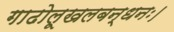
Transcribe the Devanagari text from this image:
गाढोलूखलबन्धनः।